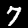
Digit: 7